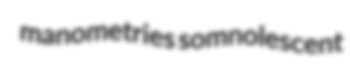
manometries somnolescent